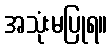
အသုံးမပြုရ။